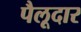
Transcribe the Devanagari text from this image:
पैलूदार